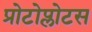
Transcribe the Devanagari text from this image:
प्रोटोप्लोटस